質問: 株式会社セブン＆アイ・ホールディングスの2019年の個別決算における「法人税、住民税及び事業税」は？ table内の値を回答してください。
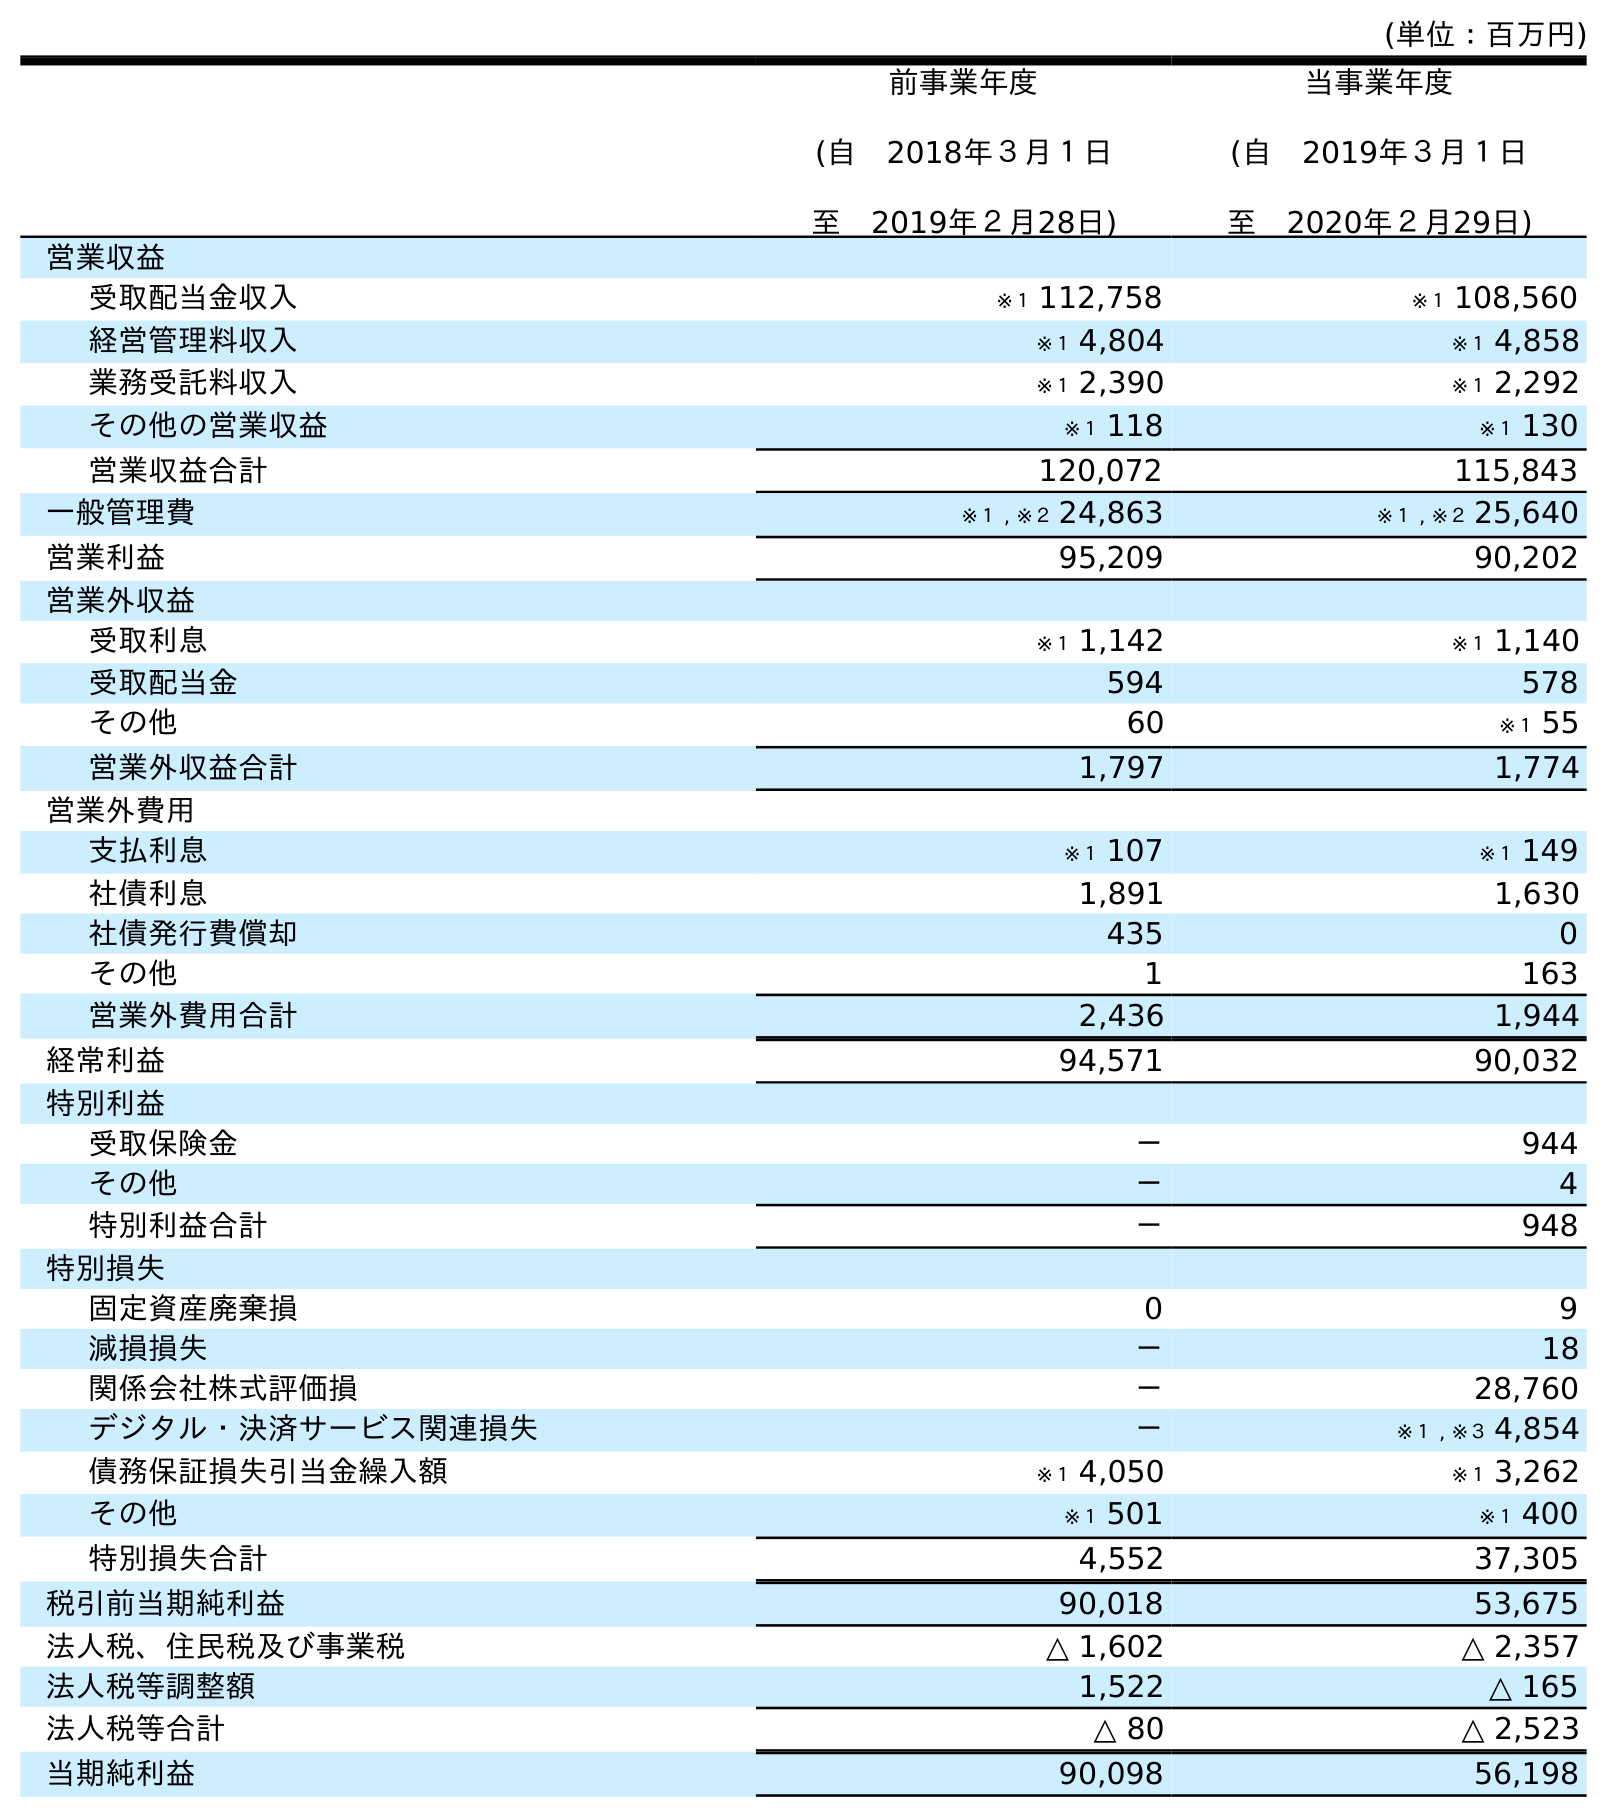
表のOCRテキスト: (単位：百万円) 前事業年度 (自 2018年３月１日 至 2019年２月28日) 当事業年度 (自 2019年３月１日 至 2020年２月29日) 営業収益 受取配当金収入 ※１ 112,758 ※１ 108,560 経営管理料収入 ※１ 4,804 ※１ 4,858 業務受託料収入 ※１ 2,390 ※１ 2,292 その他の営業収益 ※１ 118 ※１ 130 営業収益合計 120,072 115,843 一般管理費 ※１ , ※２ 24,863 ※１ , ※２ 25,640 営業利益 95,209 90,202 営業外収益 受取利息 ※１ 1,142 ※１ 1,140 受取配当金 594 578 その他 60 ※１ 55 営業外収益合計 1,797 1,774 営業外費用 支払利息 ※１ 107 ※１ 149 社債利息 1,891 1,630 社債発行費償却 435 0 その他 1 163 営業外費用合計 2,436 1,944 経常利益 94,571 90,032 特別利益 受取保険金 － 944 その他 － 4 特別利益合計 － 948 特別損失 固定資産廃棄損 0 9 減損損失 － 18 関係会社株式評価損 － 28,760 デジタル・決済サービス関連損失 － ※１ , ※３ 4,854 債務保証損失引当金繰入額 ※１ 4,050 ※１ 3,262 その他 ※１ 501 ※１ 400 特別損失合計 4,552 37,305 税引前当期純利益 90,018 53,675 法人税、住民税及び事業税 △ 1,602 △ 2,357 法人税等調整額 1,522 △ 165 法人税等合計 △ 80 △ 2,523 当期純利益 90,098 56,198
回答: △1,602